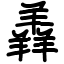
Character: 羴